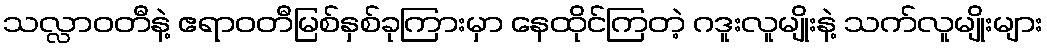
သလ္လာဝတီနဲ့ ဧရာဝတီမြစ်နှစ်ခုကြားမှာ နေထိုင်ကြတဲ့ ဂဒူးလူမျိုးနဲ့ သက်လူမျိုးများ